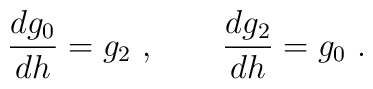
\frac{dg_{0}}{dh}=g_{2}~,\qquad \frac{dg_{2}}{dh}=g_{0}~.